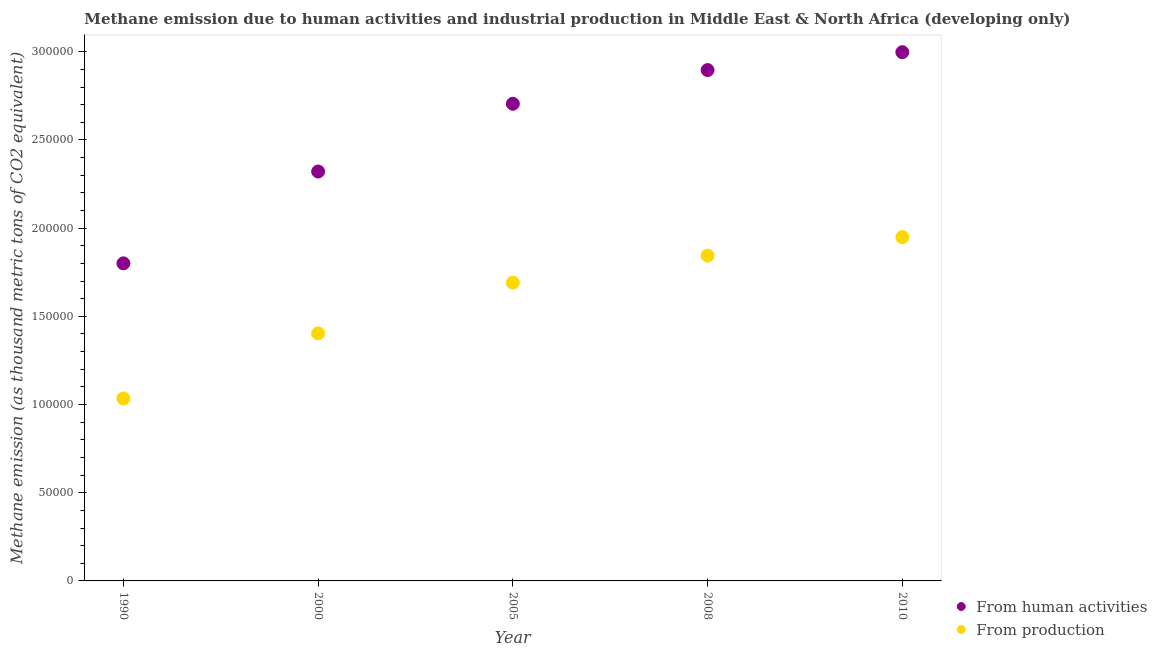
| Year | From human activities | From production |
 | --- | --- | --- |
 | 1990 | 1.8e+05 | 1.03e+05 |
 | 2000 | 2.32e+05 | 1.4e+05 |
 | 2005 | 2.71e+05 | 1.69e+05 |
 | 2008 | 2.9e+05 | 1.84e+05 |
 | 2010 | 3e+05 | 1.95e+05 |